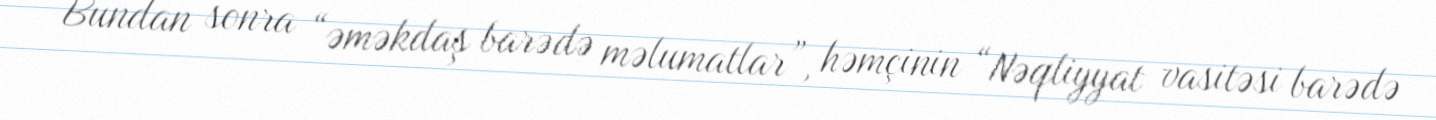
Bundan sonra “əməkdaş barədə məlumatlar”, həmçinin “Nəqliyyat vasitəsi barədə